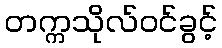
တက္ကသိုလ်ဝင်ခွင့်